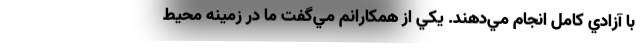
با آزادي كامل انجام مي‌دهند. يكي از همكارانم مي‌گفت ما در زمينه محيط